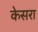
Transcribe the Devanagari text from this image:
केसरा